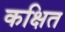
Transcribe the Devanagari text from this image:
कक्षित